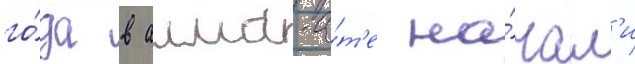
го́да в алма-а́т'е на́чал'и